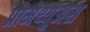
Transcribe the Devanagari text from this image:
प्रोमेथ्युअस